Report on leprosy in the North-Western Provinces
Disease focus: Leprosy
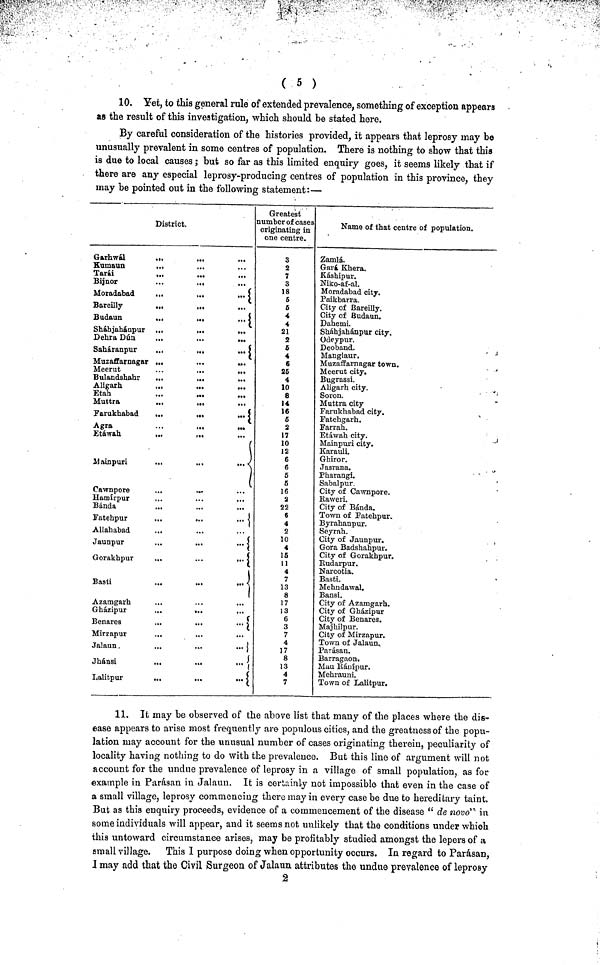
10. Yet, to this general rule of extended prevalence, something of exception appears
as the result of this investigation, which should be stated here.
By careful consideration of the histories provided, it appears that leprosy may be
unusually prevalent in some centres of population. There is nothing to show that this
is due to local causes ; but so far as this limited enquiry goes, it seems likely that if
there are any especial leprosy-producing centres of population in this province, they
may be pointed out in the following statement:—
District.
Garhwál
...
...
...
Kumaun
Tarái
Bijnor
...
...
Moradabad
...
...
...
Bareilly
...
...
Budaun
...
...
... j
Shábjahánpur ...
...
Dehra Dún
...
...
...
Saháranpur
...
...
...
Muzaffarnagar ...
...
...
Meerut
...
...
...
Bulandshahr
Aligarh.
...
...
...
Etah
...
...
Muttra
...
...
Farukhabad
...
...
...
Agra
•..
...
...
Etáwab.
...
...
(
Mainpun
...
...
...
(
Cawnpore
Hamirpur
Bánda
...
...
...
Fatehpur
...
...
.••
Allababad
Jaunpur
.,.
...
... «
Gorakhpur
...
...
...
Bash
...
...
...
Azamgarh
Gházipur
...
...
Benares
...
...
•..
Mirzapur
...
Jalaun.
...
•••
•••
Jhánsi
...
Lalitpur
...
...
...
Greatest
umber of cases
originating in
one centre.
3
2
7
3
18
5
6
4
4
21
2
6
4 6
25
4
10
8
14
16
5
2
17
10
12
6
6
5
5
16
2
22
6
4
2
10
4
15
11
4
7
13
8
17
13
6
3
7
4
17
8
13
4
7
Name of that centre of population.
Zamlá.
Gará Khera.
Káshipur.
Niko-af-al.
Moradabad city.
Paikbarra.
City of Bareilly.
City of Budaun.
Dahemi.
Sháhjahánpur city.
Udeypur.
Deoband.
Manglaur.
Muzaffarnagar town.
Meerut city.
Bugrassi.
Aligarh city.
Soron.
Muttra city
Farukhabad city.
Fatehgarh.
Farrah.
Etáwah city.
Mainpuri city.
Karauli.
Gbiror.
Jasrana.
Pharangi.
Sabalpur.
City of Cawnpore.
Raweri.
City of Bánda.
Town of Fatehpur.
Byrahanpur.
Seyrnh.
City of Jaunpur.
Gora Badshahpur.
City of Gorakhpur.
Rudarpur.
Narcotia.
Basti.
Mehndawal.
Bansi.
City of Azamgarh.
City of Gbázipur
City of Benares.
Majhilpur.
City of Mirzapur.
Town of Jalaun..
Parásan.
Barragaon.
Mau Bánípur.
Mehrauni.
Town of Lalitpur.
11. It may be observed of the above list that many of the places where the dis-
ease appears to arise most frequently are populous cities, and the greatness of the popu-
lation may account for the unusual number of cases originating therein, peculiarity of
locality having nothing to do with the prevalence. But this line of argument will not
account for the undue prevalence of leprosy in a village of small population, as for
example in Parásan in Jalaun. It is certainly not impossible that even in the case of
a small village, leprosy commencing there may in every case be due to hereditary taint.
But as this enquiry proceeds, evidence of a commencement of the disease " de novo" in
some individuals will appear, and it seems not unlikely that the conditions under which
this untoward circumstance arises, may be profitably studied amongst the lepers of a
small village. This I purpose doing when opportunity occurs. In regard to Parásan,
I may add that the Civil Surgeon of Jalaun attributes the undue prevalence of leprosy
2